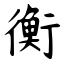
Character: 衡